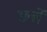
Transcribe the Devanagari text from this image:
छत्तें